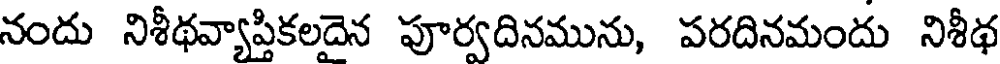
నందు నిశీథవ్యాప్తికలదైన పూర్వదినమును, పరదినమందు నిశీథ